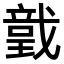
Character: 𢨅